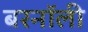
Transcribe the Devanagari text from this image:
बरनॉली